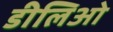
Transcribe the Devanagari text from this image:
डीलिओ